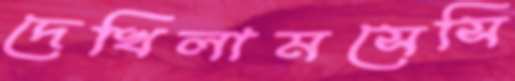
দেখিলামসেসি